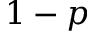
1 - p